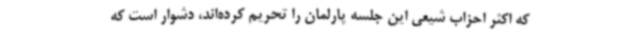
که اکثر احزاب شیعی این جلسه پارلمان را تحریم کرده‌اند، دشوار است که